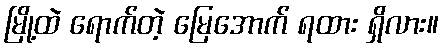
မြို့ထဲ ရောက်တဲ့ မြေအောက် ရထား ရှိလား။